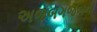
અજબગજબની